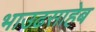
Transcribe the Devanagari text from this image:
भाउढसाहेब